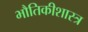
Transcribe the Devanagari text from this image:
भौतिकीशास्त्र